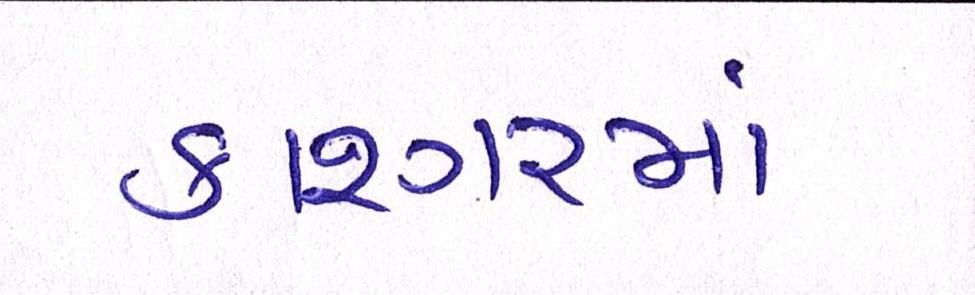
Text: કાશ્ગરમાં